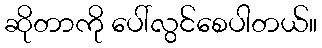
ဆိုတာကို ပေါ်လွင်စေပါတယ်။